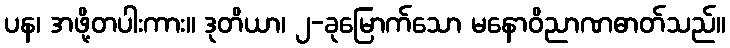
ပန၊ အဖို့တပါးကား။ ဒုတိယာ၊ ၂-ခုမြောက်သော မနောဝိညာဏဓာတ်သည်။